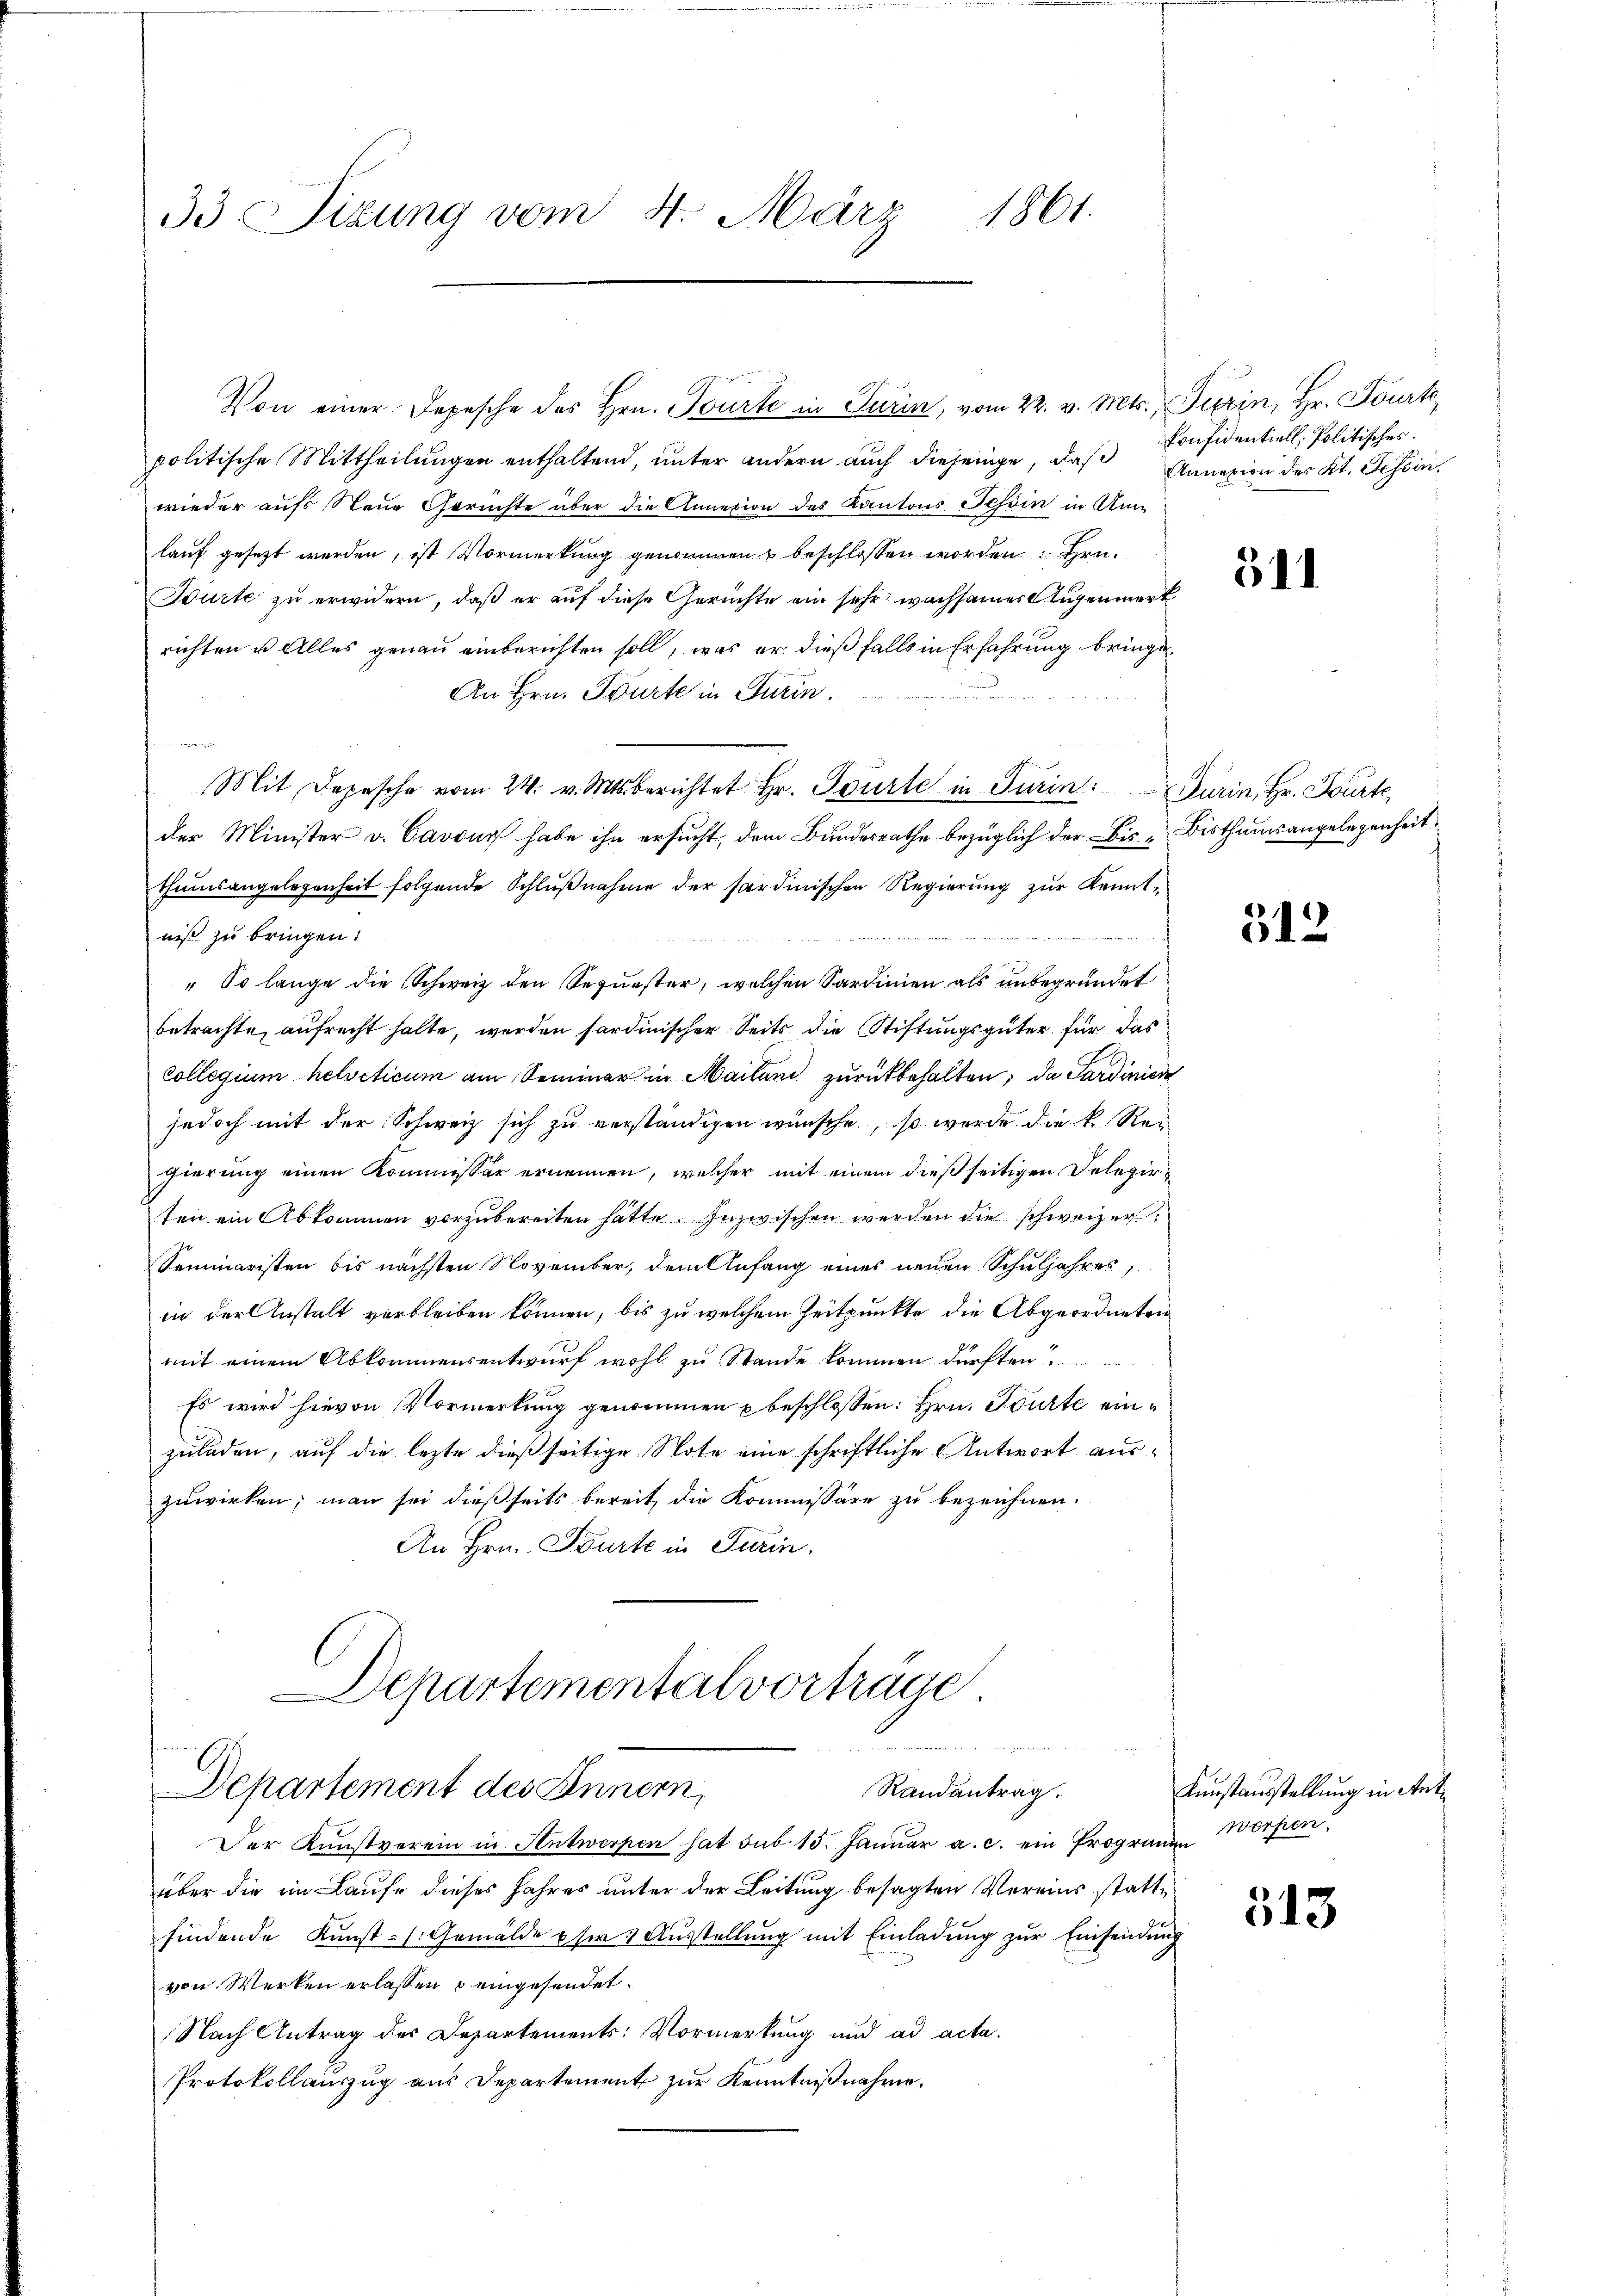
33 Sizung vom 4. März 1861.

politische Mittheilungen enthaltend, unter andern auch diejenige, daß Annexion des Kt. Tessin,
wieder aufs Neue Gerichte über die Annexion des Kantons Tessin in Umlauf gesezt werden, ist Vormerkung genommen u beschlossen worden Hrn.
Bürte zu erwidern, daß er auf diese Gerüchte ein sehr wachsamer Augenmerk
richten u. Alles genau einberichten soll, was er dießfalls in Erfahrung bringe¬
An Hrn. Würte in Turin.
d
Mit Depesche vom 24. v. Mts. berichtet Hr. Tourte in Turin: Durin, Hr. Fourte
der Minister v. Cavour habe ihn ersucht, dem Bundesrathe bezüglich der Bis Bisthumsangelegenheit
thumsangelegenheit folgende Schlußnahme der sardinischen Regierung zur Kenntniß zu bringen.
" So lange die Schweiz den Sequester, welchen Sardinien als unbegründet
betrachte, aufrecht halte, werden sardinischer Seits die Stiftungsgüter für das
collegium helveticum am Seminar in Mailand zurückbehalten; da Sardinien
jedoch mit der Schweiz sich zu verständigen wünsche, so werde die k. Regierung einen Kommissär ernennen, welcher mit einem dießseitigen Delegirten ein Abkommen vorzubereiten hatte. Inzwischen werden die schweizer¬
Seminaristen bis nächsten November, dem Anfang eines neuen Schuljahres,
in der Anstalt verbleiben können, bis zu welchem Zeitpunkte die Abgeordneten
mit einem Abkommensentwurf wohl zu Stande kommen dürften
Es wird hievon Vormerkung genommen u beschlossen: Hrn. Tourte einzuladen, auf die lezte dießseitige Note eine schriftliche Antwort auszuwirken; man sei dießseits bereit, die Kommissäre zu bezeichnen.
An Hrn. Tourte in Turin,
Departementalvorträge

Von einer Depesche des Hrn. Tourte in Turin, vom 22. v. Mts., Fitzin, Hr. Tourt,

Departement des Innern,
Randantrag.

wegen
Der Kunstverein in Antwerpen hat sub 15. Januar a. c. ein Prograuen Worten
über die im Laufe dieses Jahres unter der Leitung besagten Vereins stattfindende Kunst- [Gemälde um 1 Ausstellung mit Einladung zur Einsendung
von Werken erlassen & eingesendet.
Nach Antrag des Departements: Vormerkung und ad acta.
Protokollauszug aus Departement zur Kenntnißnahme.

Confidentiell, Politisches.

511

512

Kunstausstellung in Ant

313